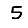
Digit: 5